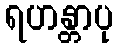
ရဟန္တာပု